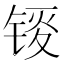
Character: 𫓸